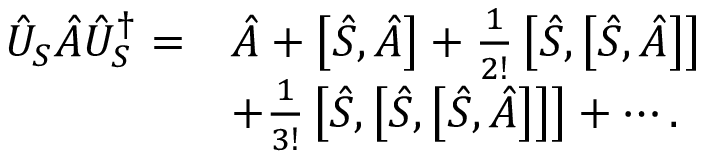
\begin{array} { r l } { \hat { U } _ { S } \hat { A } \hat { U } _ { S } ^ { \dagger } = } & { \hat { A } + \left[ \hat { S } , \hat { A } \right] + \frac { 1 } { 2 ! } \left[ \hat { S } , \left[ \hat { S } , \hat { A } \right] \right] } \\ & { + \frac { 1 } { 3 ! } \left[ \hat { S } , \left[ \hat { S } , \left[ \hat { S } , \hat { A } \right] \right] \right] + \cdots . } \end{array}